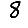
Digit: 8